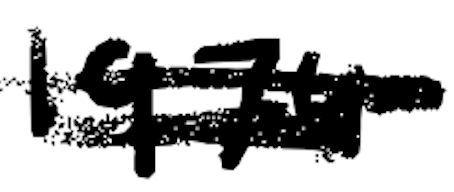
Text: 1974
Cross-out: mix
Writing tool: digital_black